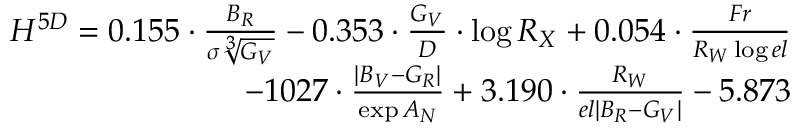
\begin{array} { r } { { H ^ { 5 D } = 0 . 1 5 5 \cdot \frac { B _ { R } } { \sigma \sqrt [ 3 ] { G _ { V } } } - 0 . 3 5 3 \cdot \frac { G _ { V } } { D } \cdot \log { R _ { X } } + 0 . 0 5 4 \cdot \frac { F r } { R _ { W } \log { e l } } } } \\ { { - 1 0 2 7 \cdot \frac { | B _ { V } - G _ { R } | } { \exp { A _ { N } } } + 3 . 1 9 0 \cdot \frac { R _ { W } } { e l | B _ { R } - G _ { V } | } - 5 . 8 7 3 } } \end{array}